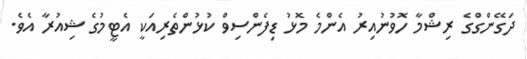
ދަގޭންގްގެ ރިޝްމާ ހޮވުނުއިރު އެންމެ މޮޅު ޑިފެންސިވް ކުޅުންތެރިއަކީ އެޓީމުގެ ޝިއުރާ އެވެ.